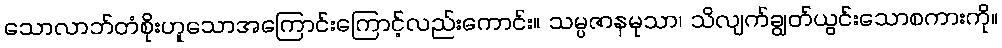
သောလာဘ်တံစိုးဟူသောအကြောင်းကြောင့်လည်းကောင်း။ သမ္ပဇာနမုသာ၊ သိလျက်ချွတ်ယွင်းသောစကားကို။